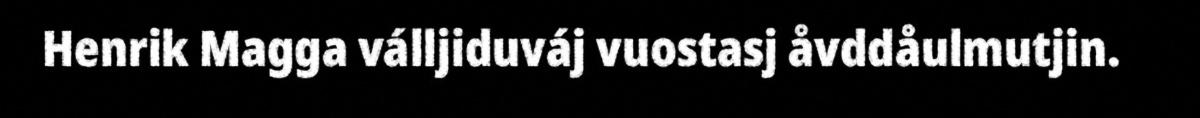
Henrik Magga válljiduváj vuostasj åvddåulmutjin.